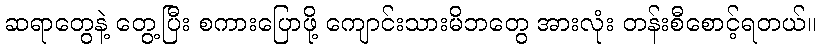
ဆရာတွေနဲ့ တွေ့ပြီး စကားပြောဖို့ ကျောင်းသားမိဘတွေ အားလုံး တန်းစီစောင့်ရတယ်။